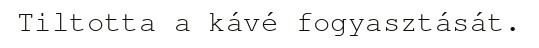
Tiltotta a kávé fogyasztását.